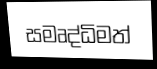
සමෘද්ධිමත්